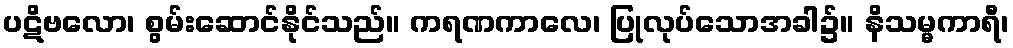
ပဋိဗလော၊ စွမ်းဆောင်နိုင်သည်။ ကရဏကာလေ၊ ပြုလုပ်သောအခါ၌။ နိသမ္မကာရီ၊